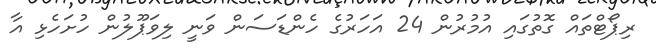
ރިޕޯޓްތައް ގޮތުގައި އުމުރުން 24 އަހަރުގެ ހެންޑަސަން ވަނީ ލިވަޕޫލުން ހުށަހެޅި އާ